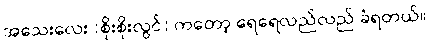
အသေးလေး (စိုးစိုးလွင်) ကတော့ ရေရေလည်လည် ခံရတယ်။